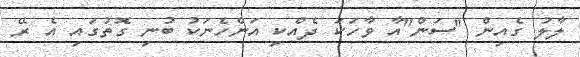
ލާލު ގެއިން "ސަން"އާ ވާހަކަ ދެއްކި އަންހެނަކު ބުނި ގޮތުގައި އެ ރޭ